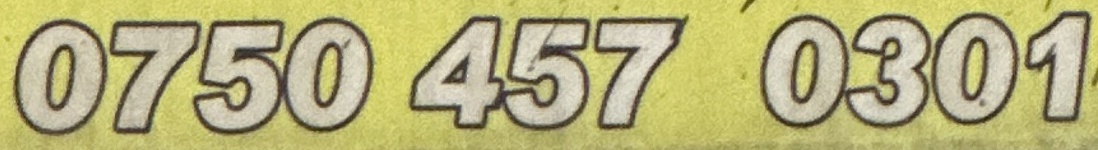
0750 457 0301